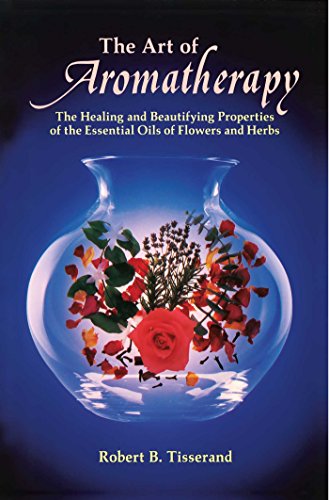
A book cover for The Art of Aromatherapy: The Healing and Beautifying Properties of the Essential Oils of Flowers and Herbs; Robert B. Tisserand; Health, Fitness & Dieting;